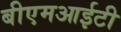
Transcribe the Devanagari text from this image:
बीएमआईटी